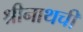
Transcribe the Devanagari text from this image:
श्रीनाथची